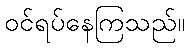
ဝင်ရပ်နေကြသည်။